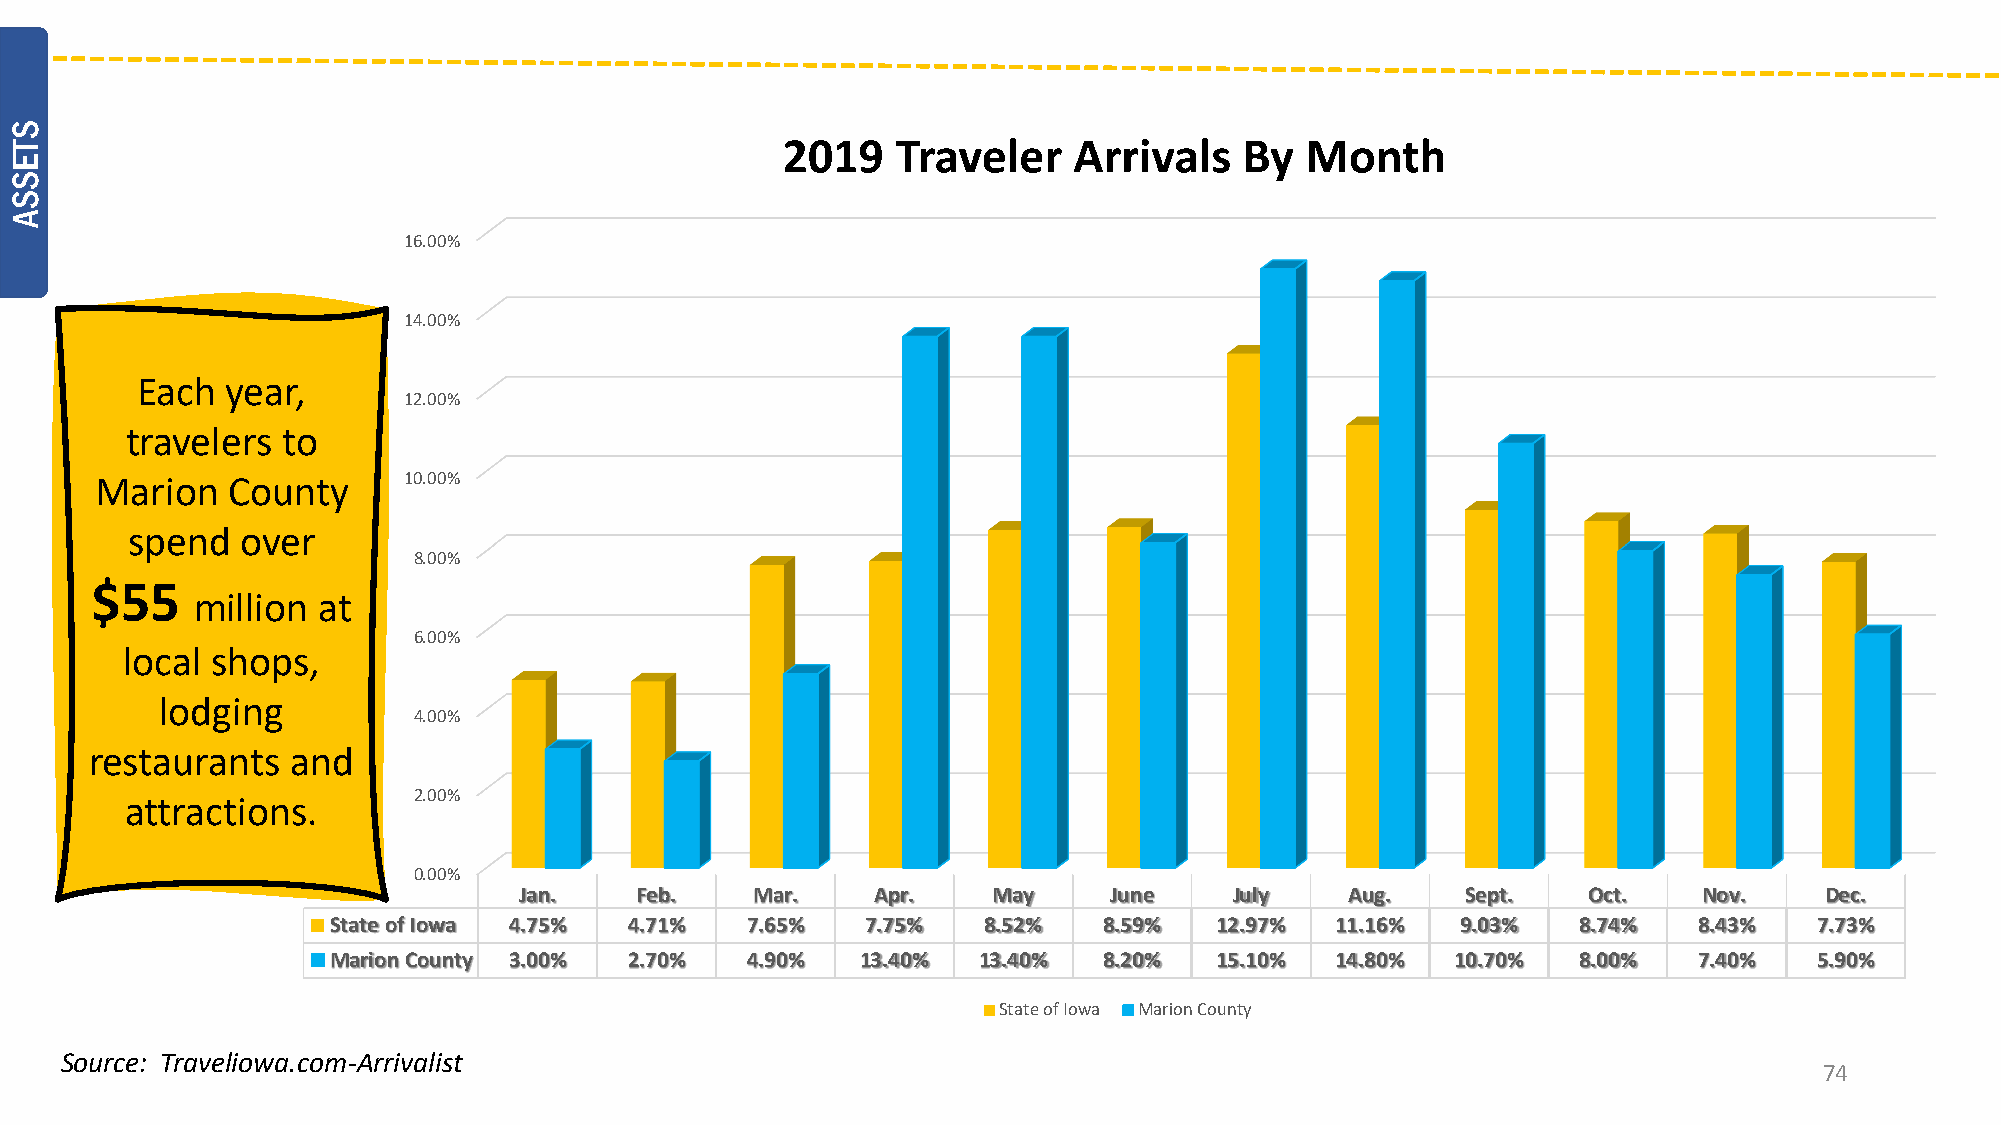
2019   Traveler    Arrivals   By  Month
 16.00%
 14.00%
 Each  year,
 12.00%
 travelers  to
 Marion   County      10.00%
 spend   over
 8.00%
 $55
 million at
 6.00%
 local shops,
 lodging
 4.00%
 restaurants  and
 2.00%
 attractions.
 0.00%
 Jan.    Feb.    Mar.    Apr.    May    June     July   Aug.    Sept.   Oct.    Nov.    Dec.
 State of Iowa 4.75% 4.71%  7.65%   7.75%   8.52%   8.59%  12.97%  11.16%   9.03%  8.74%   8.43%   7.73%
 Marion County 3.00% 2.70%  4.90%   13.40%  13.40%  8.20%  15.10%  14.80%  10.70%  8.00%   7.40%   5.90%
 State of Iowa Marion County
 Source: Traveliowa.com-Arrivalist
 74
 STESSA